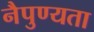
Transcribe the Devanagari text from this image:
नैपुण्यता